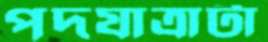
পদযাত্রাটা